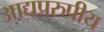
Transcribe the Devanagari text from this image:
आद्यप्ररुपीय